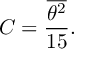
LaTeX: C = { \frac { \overline { { { \theta ^ { 2 } } } } } { 1 5 } } .